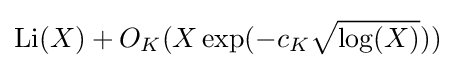
\mathrm {Li} (X)+O_{K}(X\exp(-c_{K}{\sqrt {\log(X)}}))